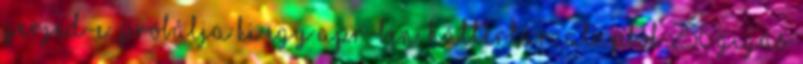
gerjed-e, próbálja ki egy APR-ben. Háttértár: alapból 256 gigás